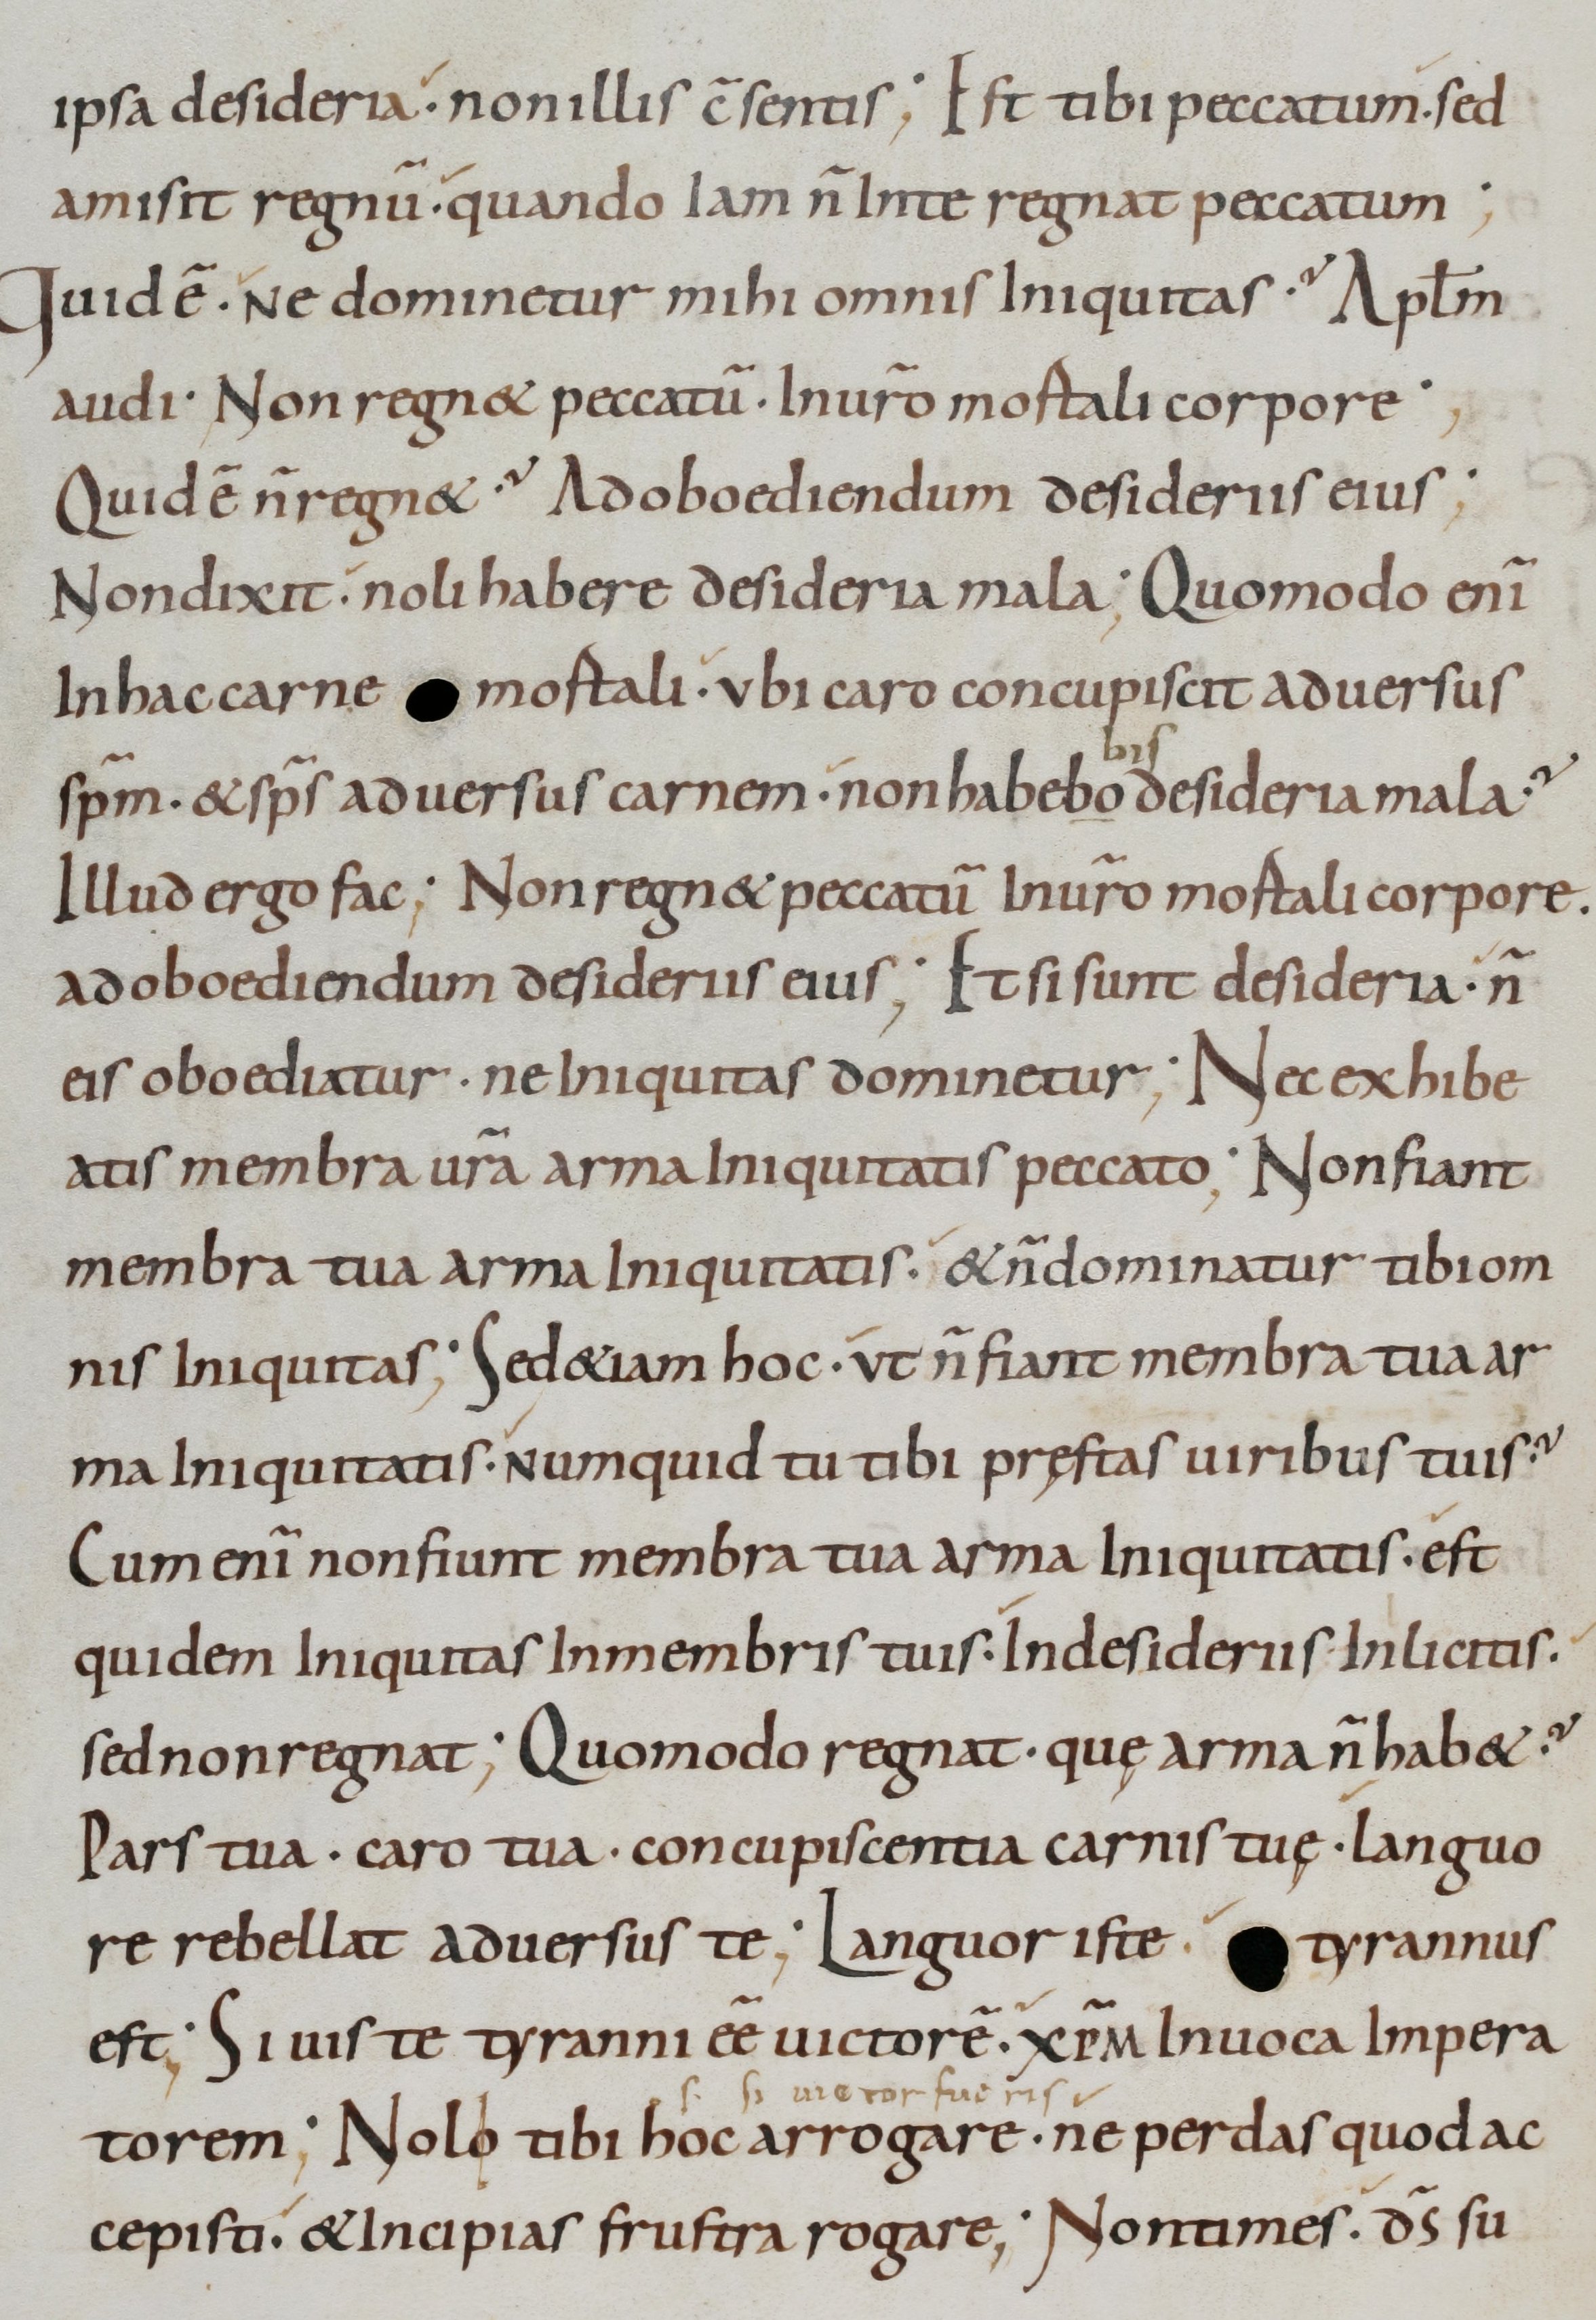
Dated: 800–899